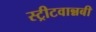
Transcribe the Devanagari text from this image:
स्ट्रीटवान्नबी